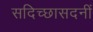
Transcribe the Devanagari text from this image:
सदिच्छासदनीं